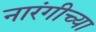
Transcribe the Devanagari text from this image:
नारंगीच्या